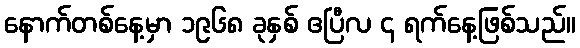
နောက်တစ်နေ့မှာ ၁၉၆၈ ခုနှစ် ဧပြီလ ၄ ရက်နေ့ဖြစ်သည်။